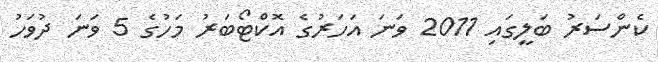
ކެންސަރު ބަލީގައި 2011 ވަނަ އަހަރުގެ އޮކްޓޯބަރު މަހުގެ 5 ވަނަ ދުވަހު